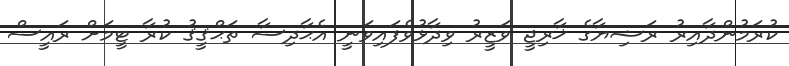
ކުރަމުންދާއިރު ރަޝިޔާގެ ޚާރިޖީ ވަޒީރު ވިދާޅުވެފައިވަނީ އެޙާދިސާ ތަޙްޤީޤު ކުރާ ޓީމަށް ރައީސް